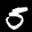
Label: 5